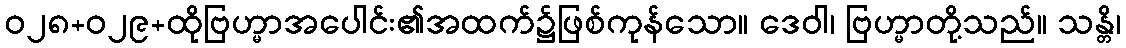
ဝ၂၈+၀၂၉+ထိုဗြဟ္မာအပေါင်း၏အထက်၌ဖြစ်ကုန်သော။ ဒေဝါ၊ ဗြဟ္မာတို့သည်။ သန္တိ၊